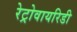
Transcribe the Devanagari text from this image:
रेट्रोवायरिडी